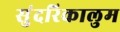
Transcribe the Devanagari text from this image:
सुंदरिकालुम